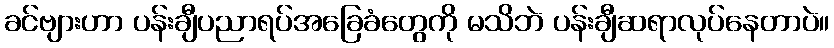
ခင်ဗျားဟာ ပန်းချီပညာရပ်အခြေခံတွေကို မသိဘဲ ပန်းချီဆရာလုပ်နေတာပဲ။